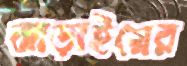
ঝাড়াইয়ের